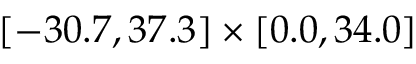
[ - 3 0 . 7 , 3 7 . 3 ] \times [ 0 . 0 , 3 4 . 0 ]